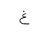
Letter: _gayn